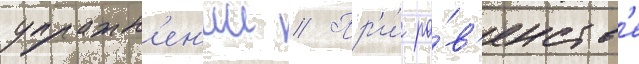
упражн'ен'ии // Пр'и́ ра́в'енств'е